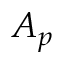
A _ { p }